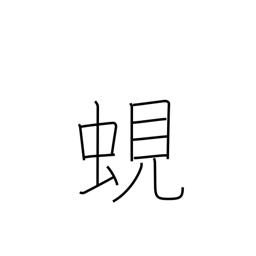
Meaning: fresh-water clam